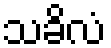
သခိလံ